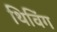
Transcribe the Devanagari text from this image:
थिविंग